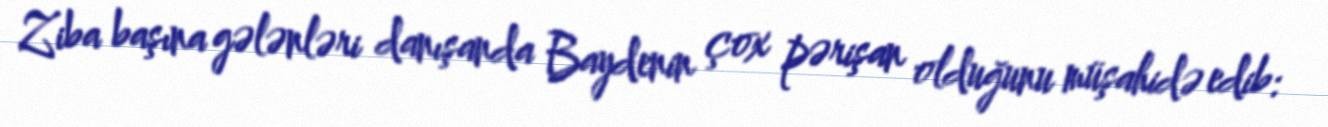
Ziba başına gələnləri danışanda Baydenin çox pərişan olduğunu müşahidə edib: